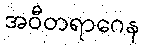
အဝီတရာဂေန